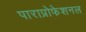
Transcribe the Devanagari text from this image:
पाराप्रोफेशनल